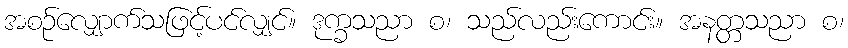
အစဉ်လျှောက်သဖြင့်ပင်လျှင်။ ဒုက္ခသညာ စ၊ သည်လည်းကောင်း။ အနတ္တသညာ စ၊